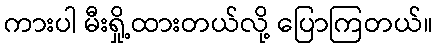
ကားပါ မီးရှို့ထားတယ်လို့ ပြောကြတယ်။